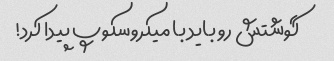
گوشتش رو باید با میکروسکوپ پیدا کرد!